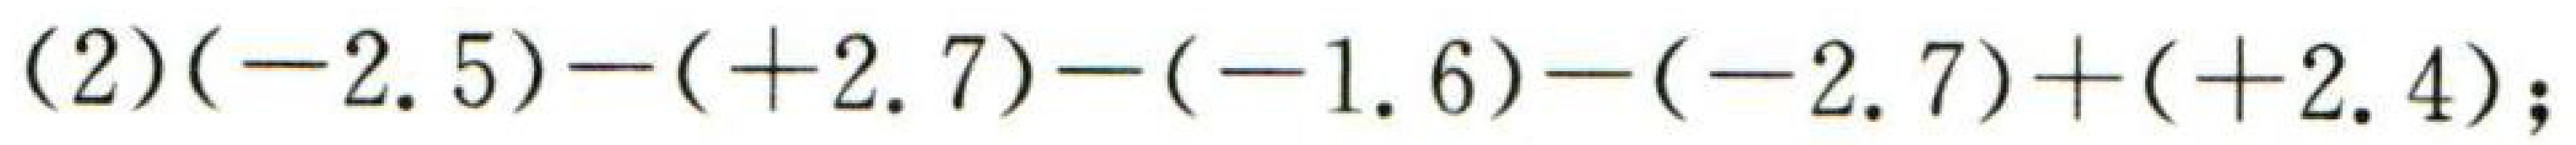
\((2)(-2.5)-(+2.7)-(-1.6)-(-2.7)+(+2.4);\)